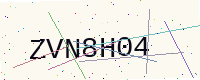
Text: ZVN8H04